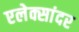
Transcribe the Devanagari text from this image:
एलेक्सांदर